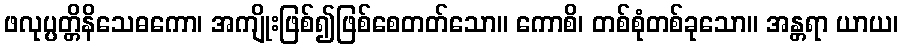
ဖလုပ္ပတ္တိနိသေဓကော၊ အကျိုးဖြစ်၍ဖြစ်စေတတ်သော။ ကောစိ၊ တစ်စုံတစ်ခုသော။ အန္တရာ ယာယ၊